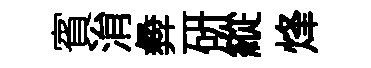
賓㳙彜硏縱烽